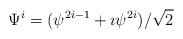
LaTeX: \begin{align*}\Psi^i = (\psi^{2i-1} + \imath \psi^{2i}) / \sqrt 2\end{align*}